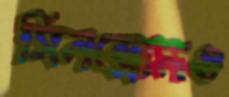
সিনড্রোমও